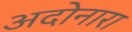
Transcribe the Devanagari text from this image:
अदोनारा